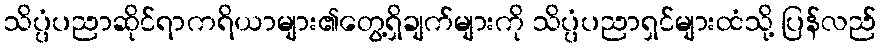
သိပ္ပံပညာဆိုင်ရာကရိယာများ၏တွေ့ရှိချက်များကို သိပ္ပံပညာရှင်များထံသို့ ပြန်လည်